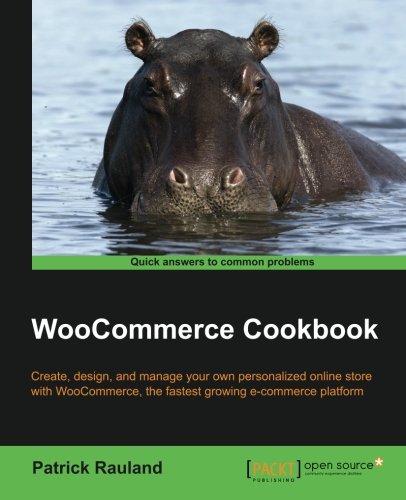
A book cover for WooCommerce Cookbook; Patrick Rauland; Computers & Technology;